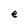
Character: e